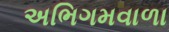
અભિગમવાળા